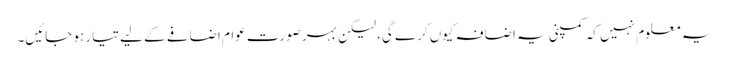
یہ معلوم نہیں کہ کمپنی یہ اضافہ کیوں کرے گی، لیکن بہر صورت عوام اضافے کے لیے تیار ہو جائیں۔